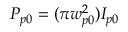
P _ { p 0 } = ( \pi w _ { p 0 } ^ { 2 } ) I _ { p 0 }